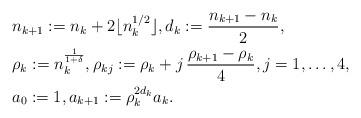
LaTeX: \begin{align*} &n_{k+1} := n_{k} + 2 \lfloor n_k^{1/2}\rfloor, d_k:= \frac{n_{k+1} - n_{k}}{2}, \\ &\rho_{k}:= n_k^{\frac{1}{1+\delta}}, \rho_{kj}:=\rho_{k} + j \, \frac{\rho_{k+1}-\rho_{k}}{4}, j=1,\dots,4, \\ &a_0:= 1, a_{k+1}:= \rho_k^{2d_k} a_k.\end{align*}